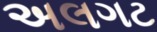
અલગટ